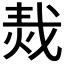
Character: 𤈮